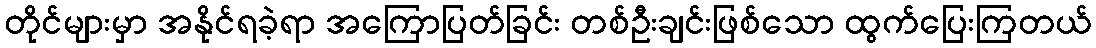
တိုင်များမှာ အနိုင်ရခဲ့ရာ အကြောပြတ်ခြင်း တစ်ဦးချင်းဖြစ်သော ထွက်ပြေးကြတယ်